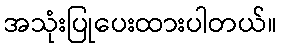
အသုံးပြုပေးထားပါတယ်။